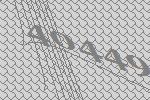
40449